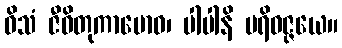
ဝိသံ ဇီဝိတုကာမောဝ၊ ပါပါနိ ပရိဝဇ္ဇယေ။